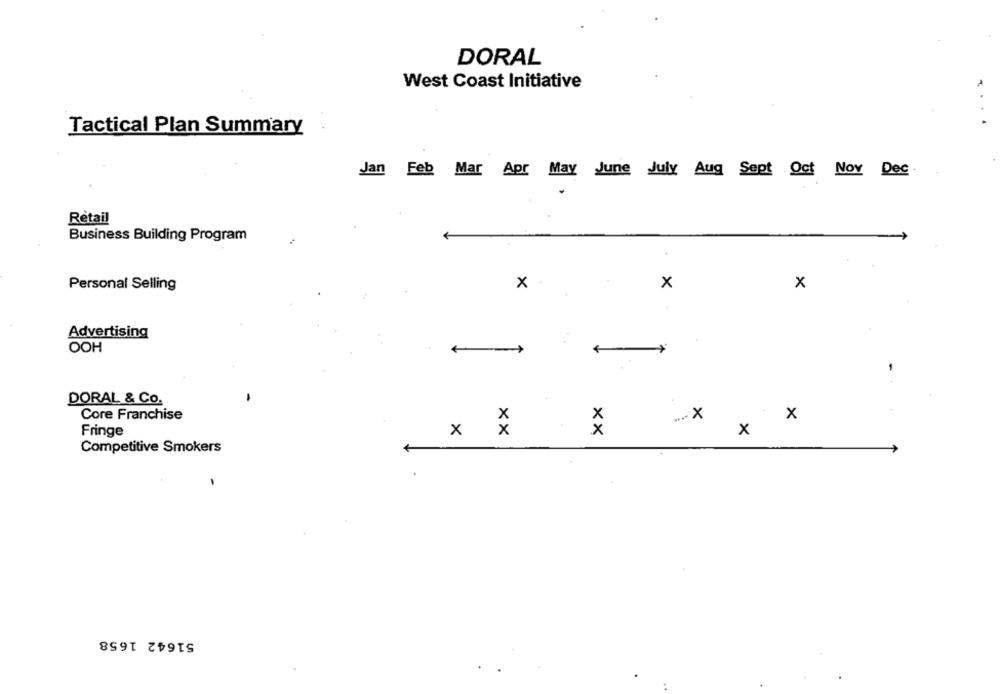
DORAL
West Coast Initiative
Tactical Plan Summary
Jan Feb Mar Apr May June July Aug Sept Oct Nov Dec
Retail
Business Building Program
x
x
x
Personal Selling
Advertising
OOH
+
DORAL & CO.
Core Franchise
... X
: X
X
Fringe
XX
xx
X
Competitive Smokers
-
51642 1658